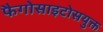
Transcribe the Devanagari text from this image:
फैगोसाइटोसयुक्त